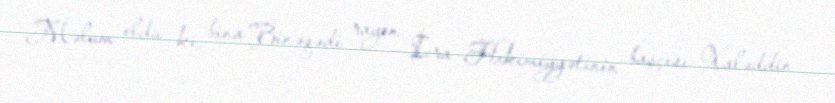
Məlum oldu ki, bina Binəqədi rayon İcra Hakimiyyətinin başçısı Xaləddin